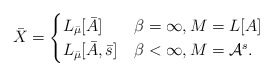
\begin{align*}\bar X = \begin{cases}L_{\bar\mu}[\bar A]&\beta=\infty, M=L[A]\\L_{\bar\mu}[\bar A,\bar s]&\beta<\infty, M=\mathcal{A}^s.\end{cases}\end{align*}